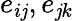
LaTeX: e_{i\mathit{j}},e_{\mathit{j}k}